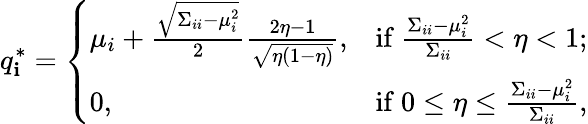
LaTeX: q_{\mathbf{i}}^{*}=\left\{ \begin{array}{ll}{\mu_{i}+\frac{\sqrt{\Sigma_{ii}-\mu_{i}^{2}}}{2}\frac{2\eta-1}{\sqrt{\eta(1-\eta)}},}&{\mathrm{if~}\frac{\Sigma_{ii}-\mu_{i}^{2}}{\Sigma_{ii}}<\eta<1;}\\ {0,}&{\mathrm{if~}0\leq\eta\leq\frac{\Sigma_{ii}-\mu_{i}^{2}}{\Sigma_{ii}},}\end{array}\right.